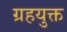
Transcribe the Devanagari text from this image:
ग्रहयुक्त